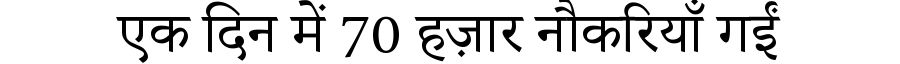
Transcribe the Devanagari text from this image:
एक दिन में 70 हज़ार नौकरियाँ गईं